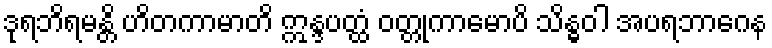
ဒုရဘိရမန္တိ ဟိတကာမာတိ ဣန္ဒပတ္ထံ ဝတ္တုကာမောပိ သိန္ဓဝါ အပရဘာဂေန